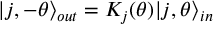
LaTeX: | j , - \theta \rangle _ { o u t } = K _ { j } ( \theta ) | j , \theta \rangle _ { i n }